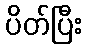
ပိတ်ပြီး